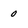
Character: 0